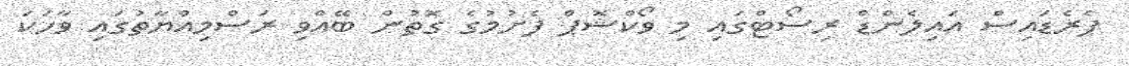
ޕެރެޑައިސް އައިލެންޑް ރިސޯޓްގައި މި ވޯކްޝޮޕް ފެށުމުގެ ގޮތުން ބޭއްވި ރަސްމިއްޔާތުގައި ވާހަކަ